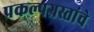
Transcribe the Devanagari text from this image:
प्रकल्पग्रस्तांचे